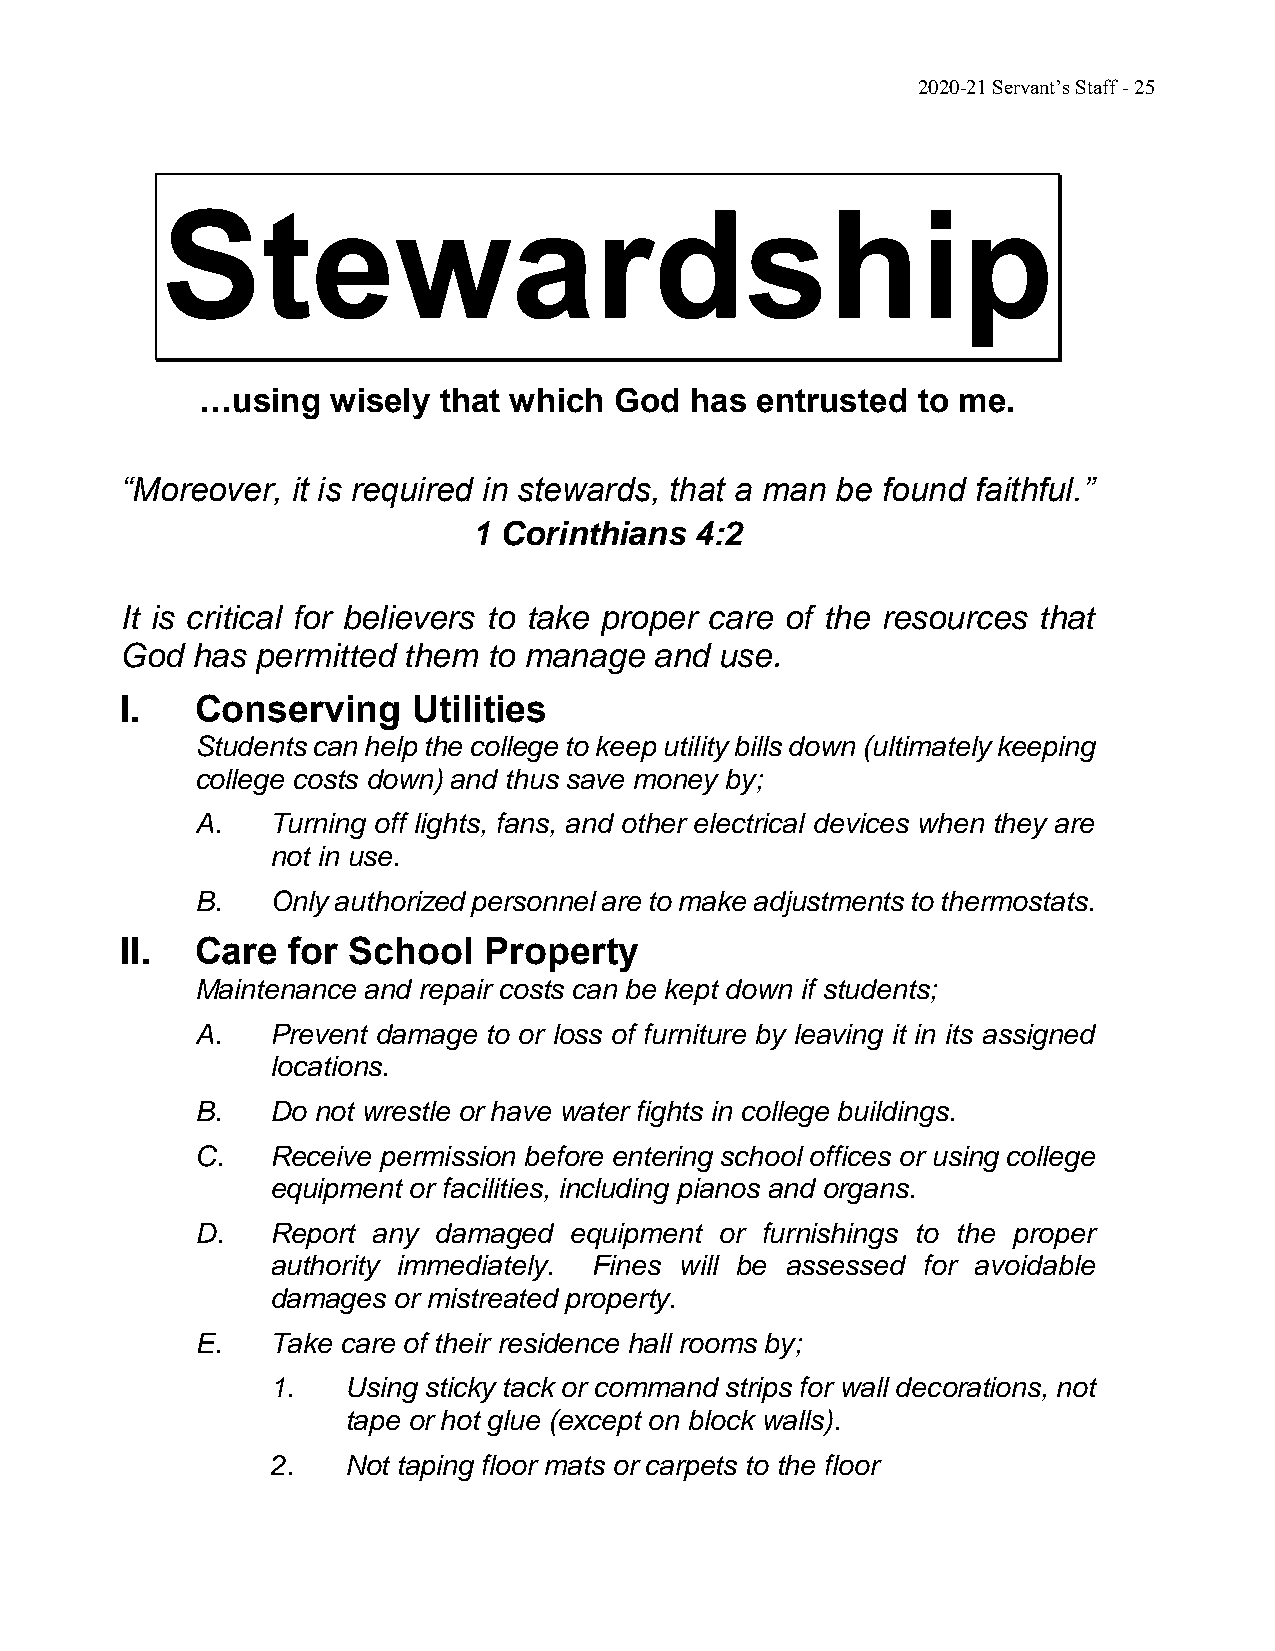
2020-21 Servant’s Staff - 25
 Stewardship
 …using   wisely that which  God  has entrusted  to me.
 “Moreover, it is required in stewards, that a man be found faithful.”
 1 Corinthians  4:2
 It is critical for believers to take proper care of the resources that
 God  has permitted them to manage  and  use.
 I.   Conserving    Utilities
 Students can help the college to keep utility bills down (ultimately keeping
 college costs down) and thus save money by;
 A.   Turning off lights, fans, and other electrical devices when they are
 not in use.
 B.   Only authorized personnel are to make adjustments to thermostats.
 II.  Care  for School   Property
 Maintenance and repair costs can be kept down if students;
 A.   Prevent damage to or loss of furniture by leaving it in its assigned
 locations.
 B.   Do not wrestle or have water fights in college buildings.
 C.   Receive permission before entering school offices or using college
 equipment or facilities, including pianos and organs.
 D.   Report any damaged  equipment or furnishings to the proper
 authority immediately. Fines will be assessed for avoidable
 damages or mistreated property.
 E.   Take care of their residence hall rooms by;
 1.   Using sticky tack or command strips for wall decorations, not
 tape or hot glue (except on block walls).
 2.   Not taping floor mats or carpets to the floor